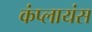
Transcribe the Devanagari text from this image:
कंप्लायंस